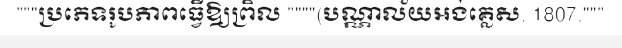
"""ប្រភេទរូបភាពធ្វើឱ្យព្រិល """"(បណ្ណាល័យអង់គ្លេស, 1807,"""